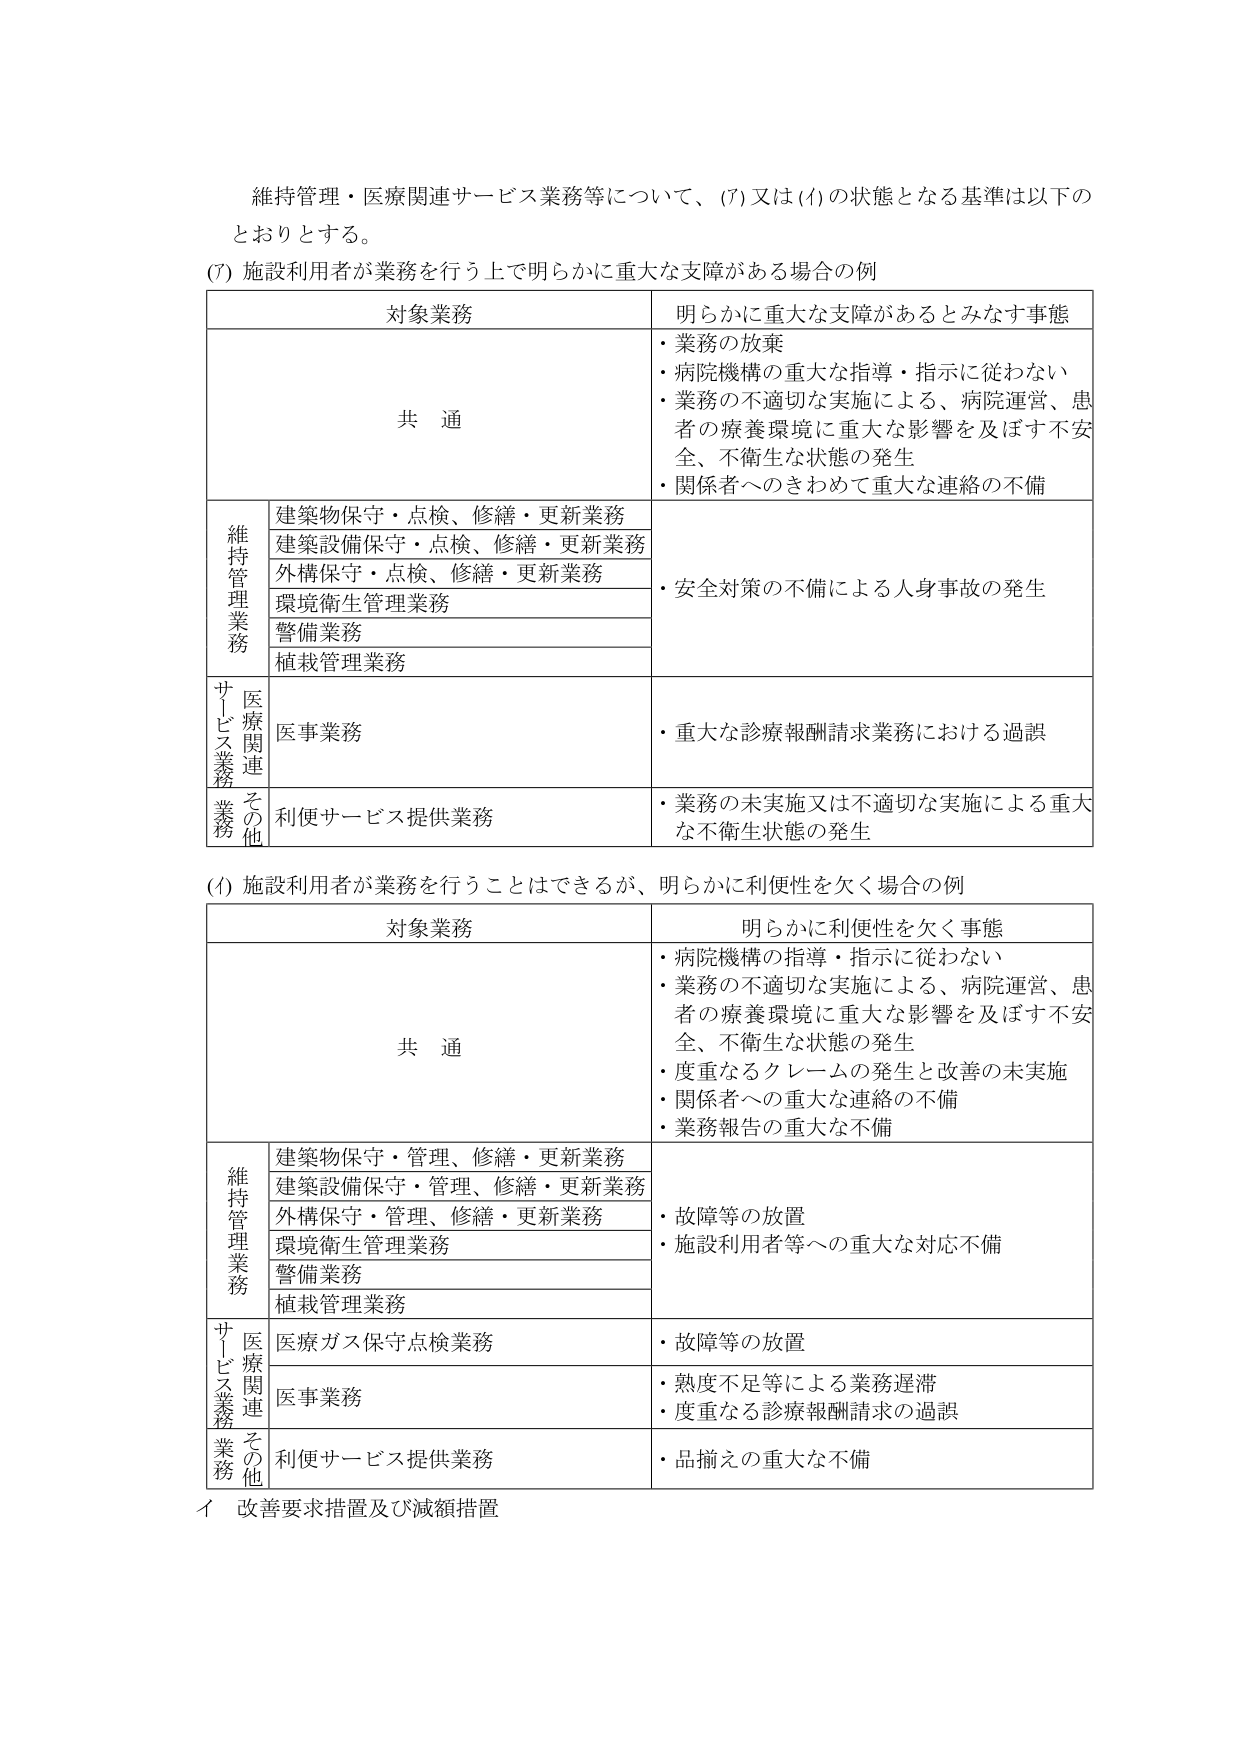
維持管理・医療関連サービス業務等について、(7) 又は (1) の状態となる基準は以下のとおりとする。

(7) 施設利用者が業務を行う上で明らかに重大な支障がある場合の例

対象業務　　　　　　　　　　　　　　　　　明らかに重大な支障があるとみなす事態

共 通
・業務の放棄
・病院機構の重大な指導・指示に従わない
・業務の不適切な実施による、病院運営、患者の療養環境に重大な影響を及ぼす不安全、不衛生な状態の発生
・関係者へのきわめて重大な連絡の不備

維持管理業務
建築物保守・点検、修繕・更新業務
建築設備保守・点検、修繕・更新業務
外構保守・点検、修繕・更新業務
環境衛生管理業務
警備業務
植栽管理業務
・安全対策の不備による人身事故の発生

サービス業務
医療関連
医事業務
・重大な診療報酬請求業務における過誤

その他
利便サービス提供業務
・業務の未実施又は不適切な実施による重大な不衛生状態の発生

(1) 施設利用者が業務を行うことはできるが、明らかに利便性を欠く場合の例

対象業務　　　　　　　　　　　　　　　　　明らかに利便性を欠く事態

共 通
・病院機構の指導・指示に従わない
・業務の不適切な実施による、病院運営、患者の療養環境に重大な影響を及ぼす不安全、不衛生な状態の発生
・度重なるクレームの発生と改善の未実施
・関係者への重大な連絡の不備
・業務報告の重大な不備

維持管理業務
建築物保守・管理、修繕・更新業務
建築設備保守・管理、修繕・更新業務
外構保守・管理、修繕・更新業務
環境衛生管理業務
警備業務
植栽管理業務
・故障等の放置
・施設利用者等への重大な対応不備

サービス業務
医療関連
医療ガス保守点検業務
・故障等の放置
医事業務
・熟度不足等による業務遅滞
・度重なる診療報酬請求の過誤

その他
利便サービス提供業務
・品揃えの重大な不備

イ 改善要求措置及び減額措置